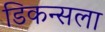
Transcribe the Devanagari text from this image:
डिकन्सला